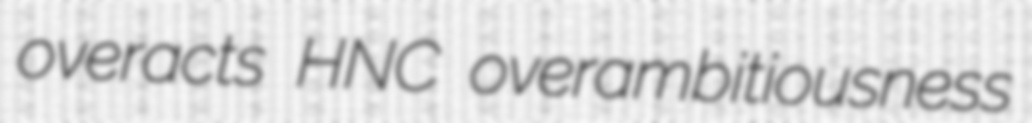
overacts HNC overambitiousness